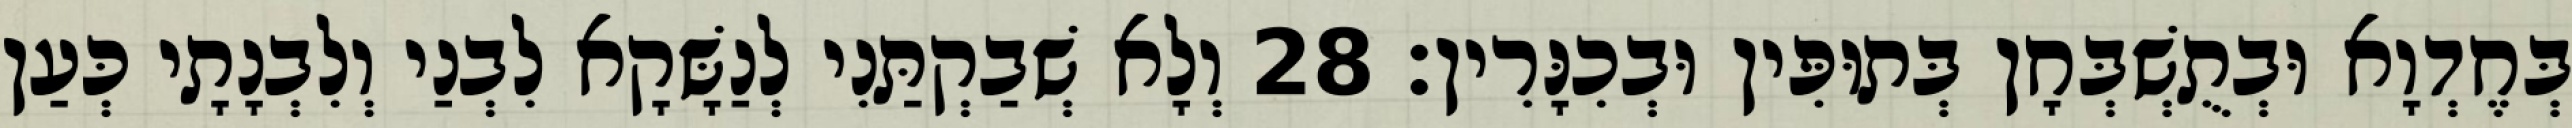
בְּחֶדְוָא וּבְתֻשְׁבְּחָן בְּתוּפִּין וּבְכִנָּרִין׃ 28 וְלָא שְׁבַקְתַּנִי לְנַשָּׁקָא לִבְנַי וְלִבְנָתָי כְּעַן